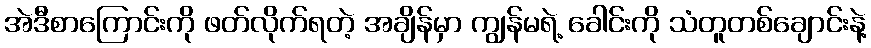
အဲဒီစာကြောင်းကို ဖတ်လိုက်ရတဲ့ အချိန်မှာ ကျွန်မရဲ့ ခေါင်းကို သံတူတစ်ချောင်းနဲ့